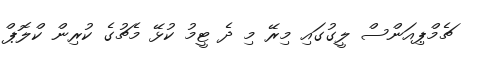
ޗެމްޕިއަންސް ލީގުގައި މިރޭ މި ދެ ޓީމު ކުޅޭ މެޗުގެ ކުރިން ކްލޮޕް